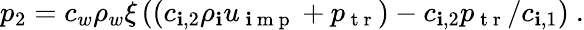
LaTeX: p_{2}=c_{w}\rho_{w}\xi\left(\left(c_{\mathbf{i},2}\rho_{\mathbf{i}}u_{\mathrm{{~\mathbf{i}~m~p~}}}+p_{\mathrm{{~t~r~}}}\right)-c_{\mathbf{i},2}p_{\mathrm{{~t~r~}}}/c_{\mathbf{i},1}\right)\ .